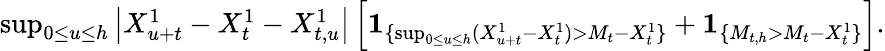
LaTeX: \begin{array}{r}{\operatorname*{sup}_{0\leq u\leq h}\left|X_{u+t}^{1}-X_{t}^{1}-X_{t,u}^{1}\right|\left[{\mathbf 1}_{\{ \operatorname*{sup}_{0\leq u\leq h}(X_{u+t}^{1}-X_{t}^{1})>M_{t}-X_{t}^{1}\} }+{\mathbf 1}_{\{ M_{t,h}>M_{t}-X_{t}^{1}\} }\right].}\end{array}